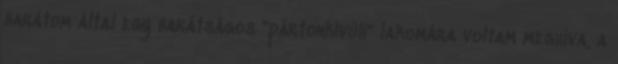
barátom által egy barátságos "pártonkívüli" lakomára voltam meghíva, a